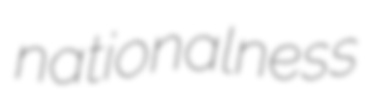
nationalness